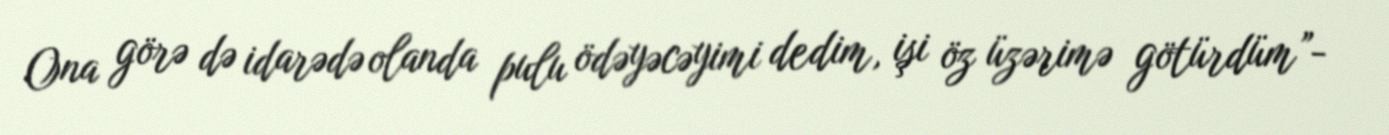
Ona görə də idarədə olanda pulu ödəyəcəyimi dedim, işi öz üzərimə götürdüm”-